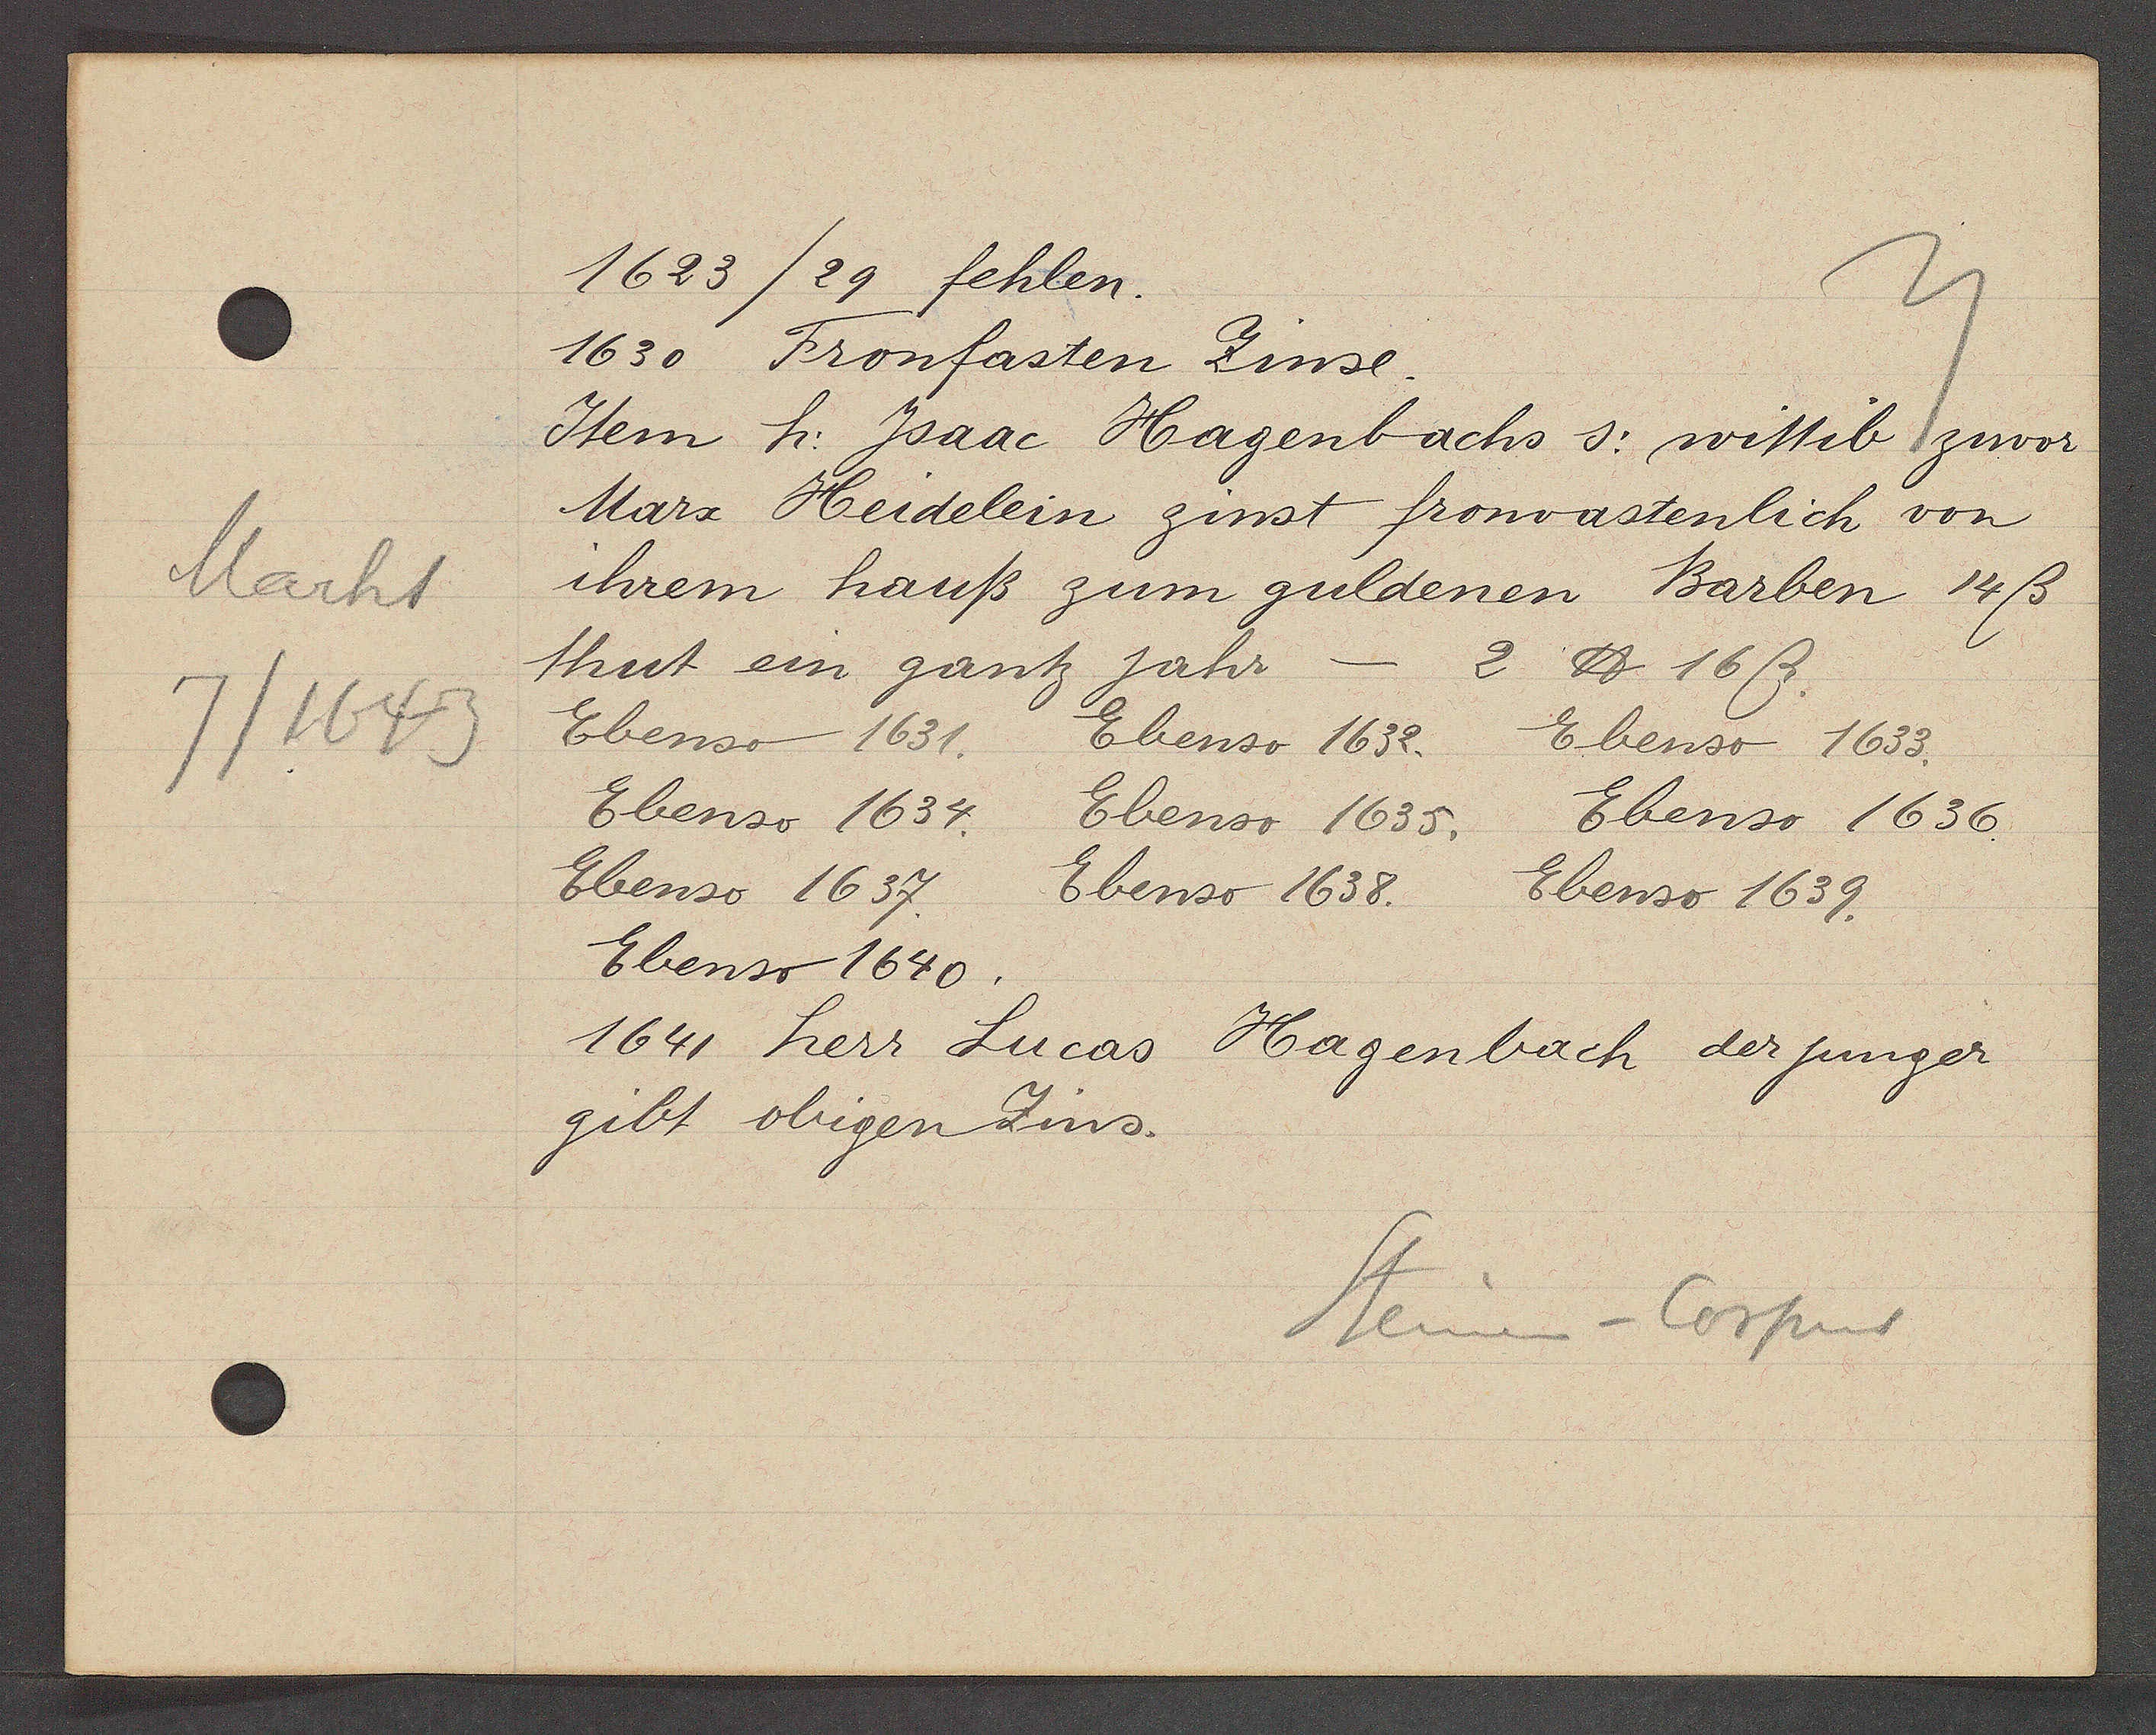
Transcript:
Markt
7/1643

1623 /29 fehlen.

1630 Fronfasten Zinse.
Item h: Jsaac Hagenbachs s: wittib zuvor
Marx Heidelein zinst fronvastenlich von
ihrem hauß zum guldenen Barben 14ß
thut ein gantz jahr-
2 ℔ 16ß.
Ebenso 1631.
Ebenso 1652.
Ebenso 1633.
Ebenso 1634.
Ebenso 1635.
Ebenso 1636.
Ebenso 1637.
Ebenso 1638.
Ebenso 1639.
Ebenso 1640.
1641 herr Lucas Hagenbach der junger
gibt obigen Zins.

Steinen-Corpus